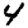
Digit: 4